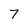
Character: 7